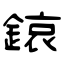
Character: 鎄